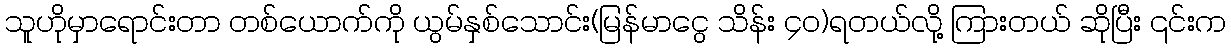
သူဟိုမှာရောင်းတာ တစ်ယောက်ကို ယွမ်နှစ်သောင်း(မြန်မာငွေ သိန်း ၄ဝ)ရတယ်လို့ ကြားတယ် ဆိုပြီး ၎င်းက